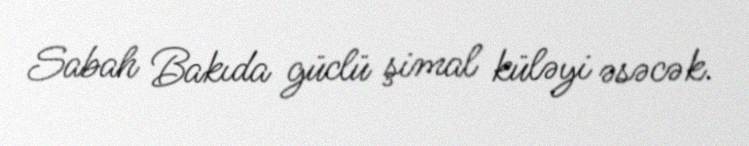
Sabah Bakıda güclü şimal küləyi əsəcək.